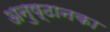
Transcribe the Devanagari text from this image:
अनुष्ठानका